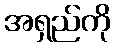
အရှည်ကို